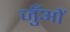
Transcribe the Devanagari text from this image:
जुँओं